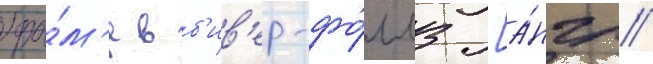
хра́м'е в б'ив'ер-фо́ллз [а́нгл.